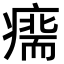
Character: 𤹢